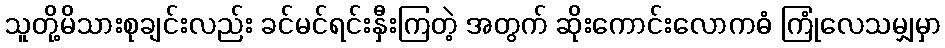
သူတို့မိသားစုချင်းလည်း ခင်မင်ရင်းနှီးကြတဲ့ အတွက် ဆိုးကောင်းလောကဓံ ကြုံလေသမျှမှာ